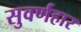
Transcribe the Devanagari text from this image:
सुवर्णहार